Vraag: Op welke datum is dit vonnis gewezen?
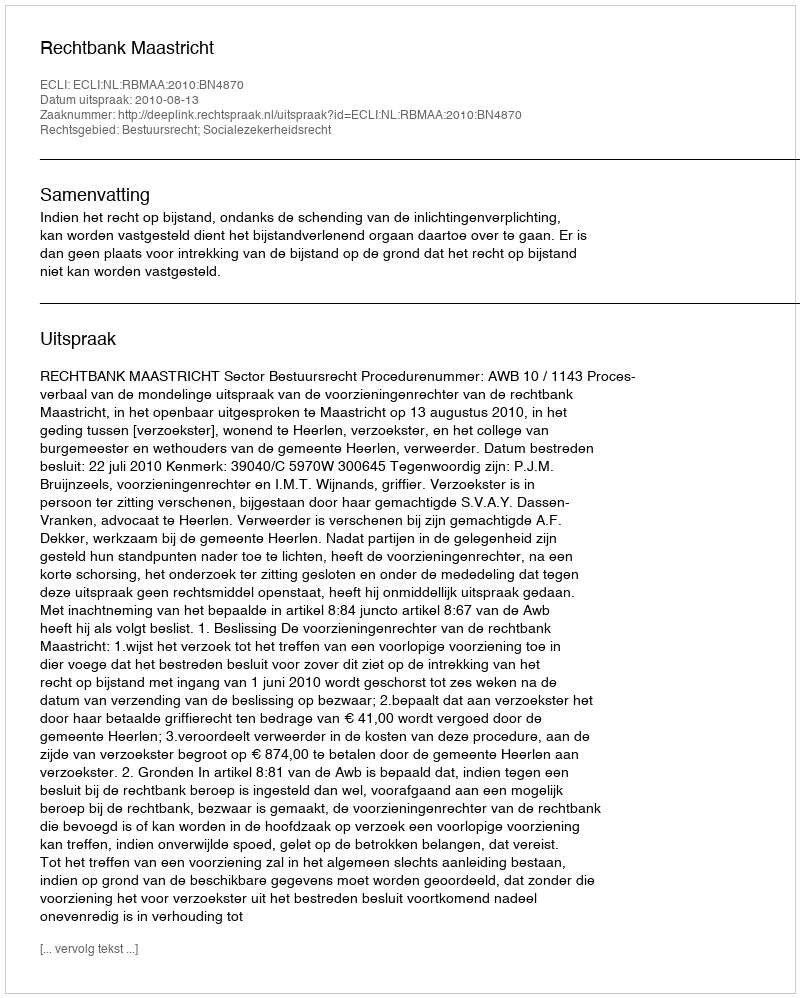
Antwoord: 2010-08-13